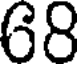
68